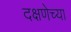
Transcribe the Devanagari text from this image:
दक्षणेच्या